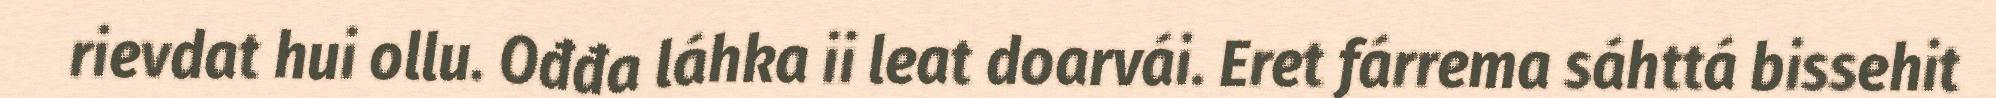
rievdat hui ollu. Ođđa láhka ii leat doarvái. Eret fárrema sáhttá bissehit